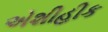
એશીહીક